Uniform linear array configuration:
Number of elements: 48
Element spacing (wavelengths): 0.75
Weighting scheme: hann
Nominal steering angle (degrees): -15
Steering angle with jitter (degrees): -15.044
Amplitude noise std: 0.05
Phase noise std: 0.05

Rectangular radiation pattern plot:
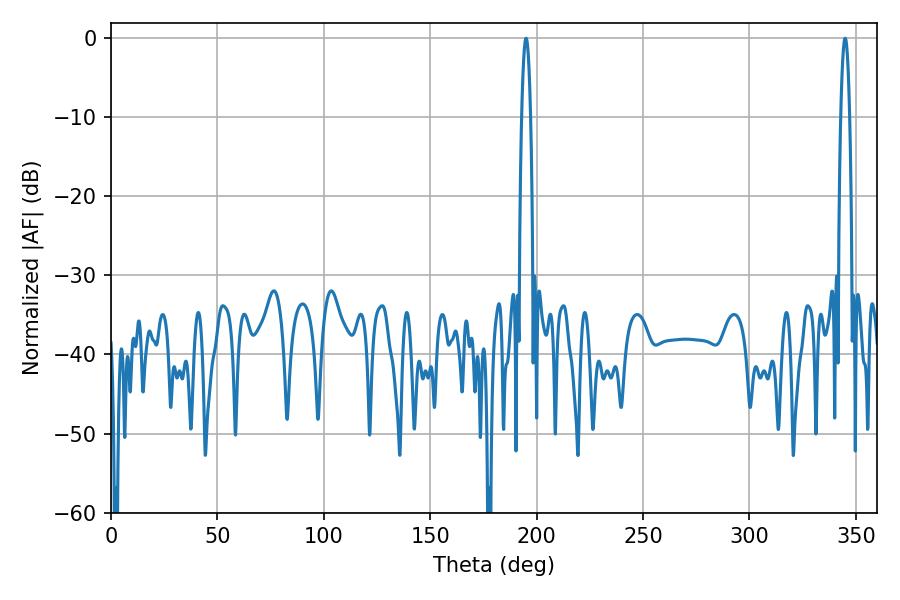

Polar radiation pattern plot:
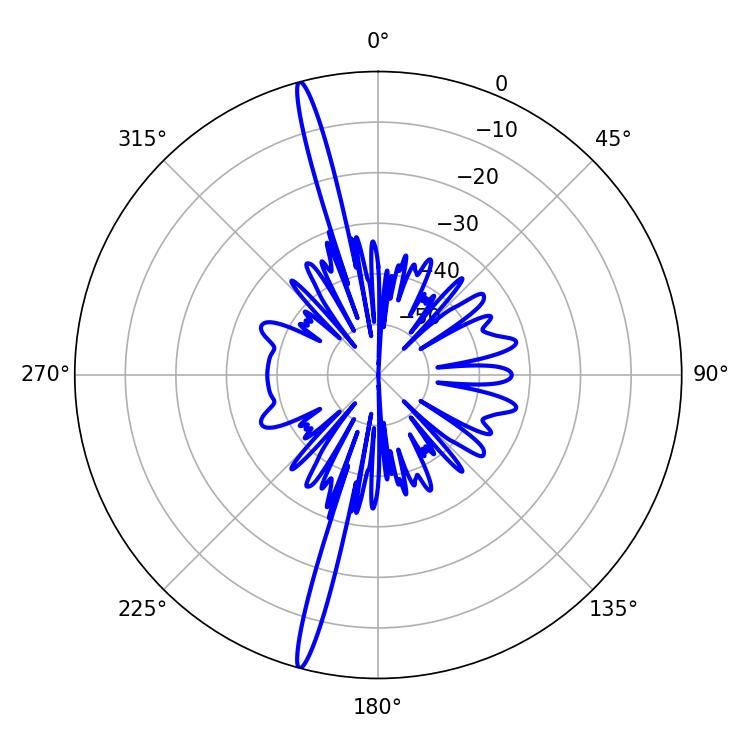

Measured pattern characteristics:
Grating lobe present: TRUE
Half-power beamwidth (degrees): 2.34
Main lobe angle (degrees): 344.88